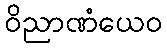
ဝိညာဏံယေဝ